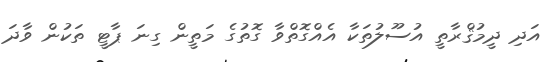
އަދި ދީމުޤްރާތީ އުސޫލުތަކާ އެއްގޮތްވާ ގޮތުގެ މަތީން ގިނަ ޕާޓީ ތަކުން ވާދަ